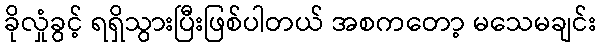
ခိုလှုံခွင့် ရရှိသွားပြီးဖြစ်ပါတယ် အစကတော့ မသေမချင်း